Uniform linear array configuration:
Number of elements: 12
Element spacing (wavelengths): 0.5
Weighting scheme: binomial
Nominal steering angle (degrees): -30
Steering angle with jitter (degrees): -28.061
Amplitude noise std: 0.05
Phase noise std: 0.05

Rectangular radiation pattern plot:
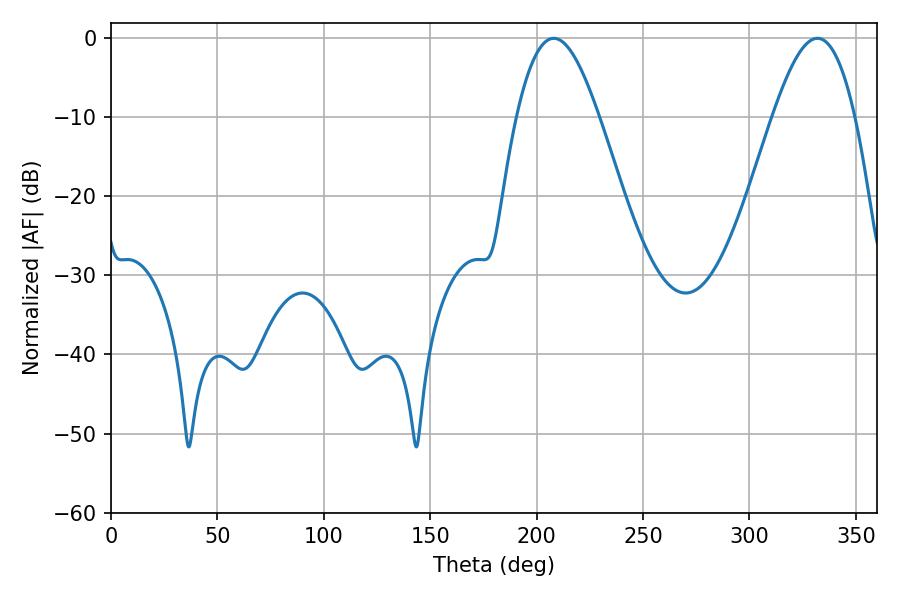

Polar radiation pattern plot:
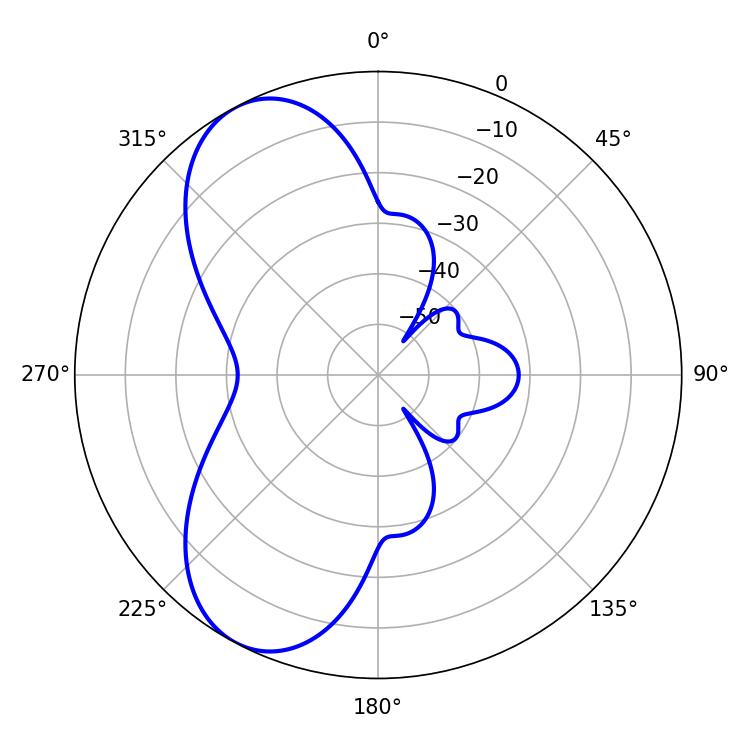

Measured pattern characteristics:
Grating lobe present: FALSE
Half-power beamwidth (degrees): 20.88
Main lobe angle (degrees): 208.08